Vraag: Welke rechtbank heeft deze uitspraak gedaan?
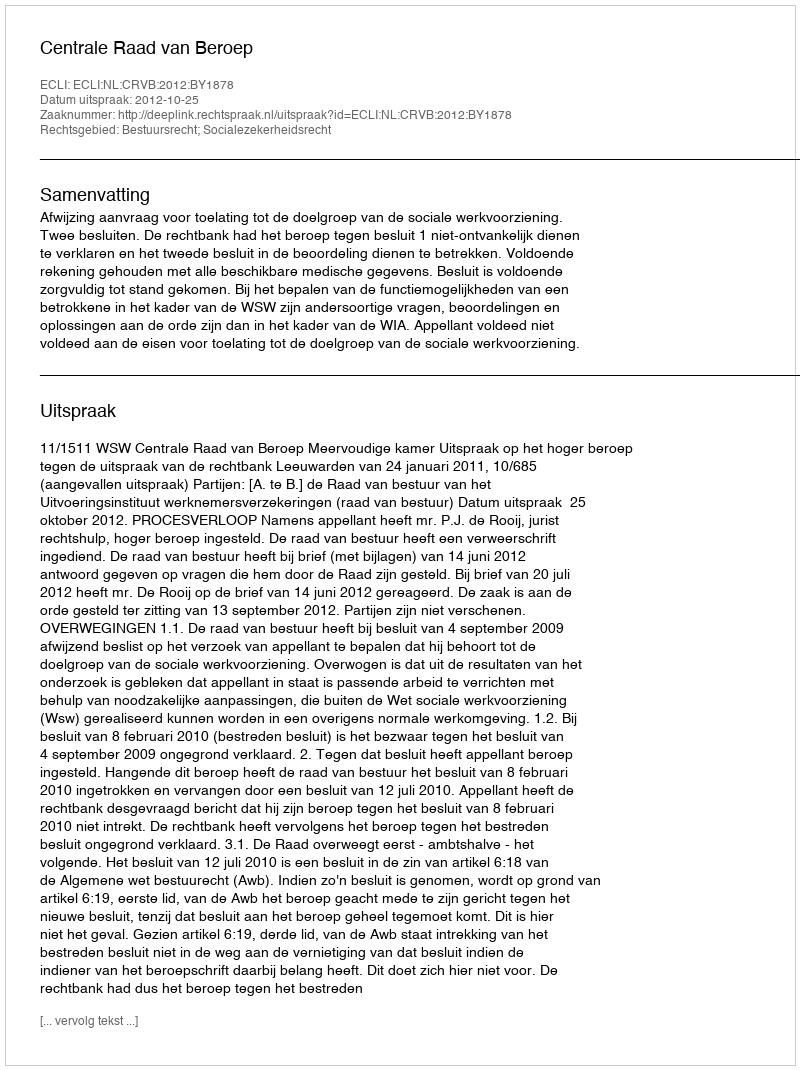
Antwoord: Centrale Raad van Beroep